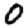
Digit: 0